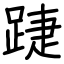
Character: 踕